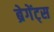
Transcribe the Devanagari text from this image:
ब्रेगेंट्स